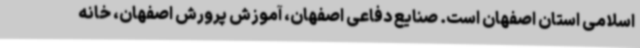
اسلامی استان اصفهان است. صنایع دفاعی اصفهان، آموزش پرورش اصفهان، خانه